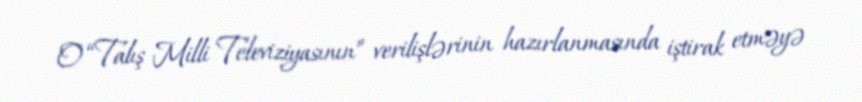
O “Talış Milli Televiziyasının” verilişlərinin hazırlanmasında iştirak etməyə